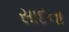
સાદના